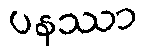
ပနဿာ